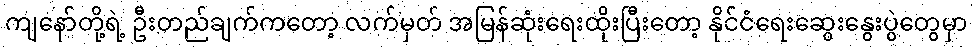
ကျနော်တို့ရဲ့ ဦးတည်ချက်ကတော့ လက်မှတ် အမြန်ဆုံးရေးထိုးပြီးတော့ နိုင်ငံရေးဆွေးနွေးပွဲတွေမှာ